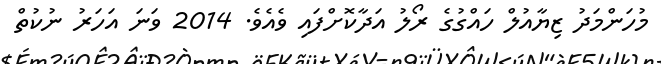
މުހަންމަދު ޒިޔާއުލް ހައްގުގެ ރޯލު އަދާކޮށްފައި ވެއެވެ. 2014 ވަނަ އަހަރު ނުކުތް